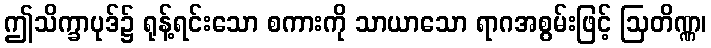
ဤသိက္ခာပုဒ်၌ ရုန့်ရင်းသော စကားကို သာယာသော ရာဂအစွမ်းဖြင့် ဩတိဏ္ဏ၊